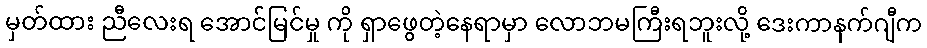
မှတ်ထား ညီလေးရ အောင်မြင်မှု ကို ရှာဖွေတဲ့နေရာမှာ လောဘမကြီးရဘူးလို့ ဒေးကာနက်ဂျီက